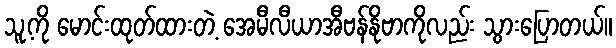
သူ့ကို မောင်းထုတ်ထားတဲ့ အေမီလီယာအီဗန်နိုဗာကိုလည်း သွားပြောတယ်။